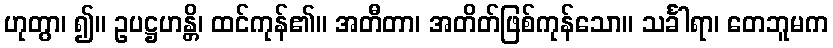
ဟုတွာ၊ ၍။ ဥပဋ္ဌဟန္တိ၊ ထင်ကုန်၏။ အတီတာ၊ အတိတ်ဖြစ်ကုန်သော။ သင်္ခါရာ၊ တေဘူမက